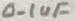
Text: 0.1uF